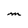
Character: m